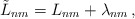
\begin{align*}\tilde{L}_{nm} = L_{nm} + \lambda_{nm}\, ,\end{align*}